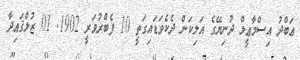
ޢަބްދު އިސްމާޢީލް ދުނިޔޭގެ އަލިކަން ދެކެވަޑައިގަތީ 10 ފެބްރުވަރީ 1902